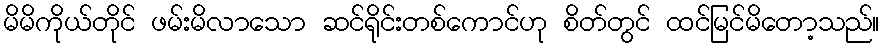
မိမိကိုယ်တိုင် ဖမ်းမိလာသော ဆင်ရိုင်းတစ်ကောင်ဟု စိတ်တွင် ထင်မြင်မိတော့သည်။